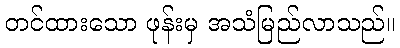
တင်ထားသော ဖုန်းမှ အသံမြည်လာသည်။